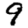
Digit: 9